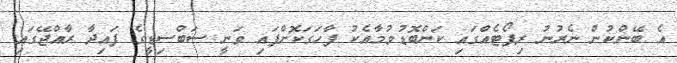
އެ ބޭންކުން ނެރުނު ރިޕޯޓެއްގައި ކަންބޮޑުވުމާއެކު ފާހަގަކޮށްފައި ވަނީ ސަބްސިޑީގެ ފައިދާ ރާއްޖޭގައި